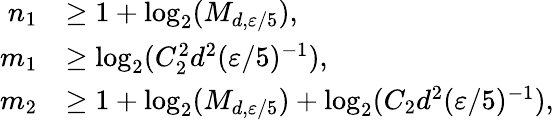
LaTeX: \begin{array}{rl}{n_{1}}&{\geq 1+\log_{2}(M_{d,{\varepsilon}/5}),}\\ {m_{1}}&{\geq\log_{2}(C_{2}^{2}d^{2}({\varepsilon}/5)^{-1}),}\\ {m_{2}}&{\geq 1+\log_{2}(M_{d,{\varepsilon}/5})+\log_{2}(C_{2}d^{2}({\varepsilon}/5)^{-1}),}\end{array}